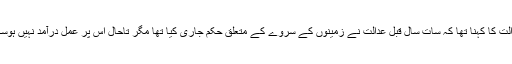
عدالت کا کہنا تھا کہ سات سال قبل عدالت نے زمینوں کے سروے کے متعلق حکم جاری کیا تھا مگر تاحال اس پر عمل درآمد نہیں ہوسکا۔